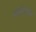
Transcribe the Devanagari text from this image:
थ्रंबोसेस